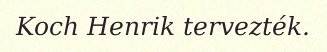
Koch Henrik tervezték.